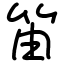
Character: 笛